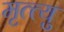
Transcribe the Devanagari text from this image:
मृत्त्यु